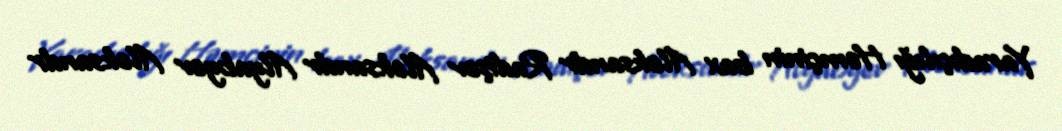
Yaradıçılığı Həmçinin bax Aleksandr Radişev Aleksandr Alyabyev Aleksandr